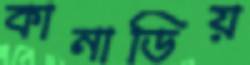
কানাডিয়